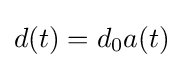
d(t)=d_{0}a(t)